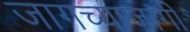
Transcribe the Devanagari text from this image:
जागच्याजागी